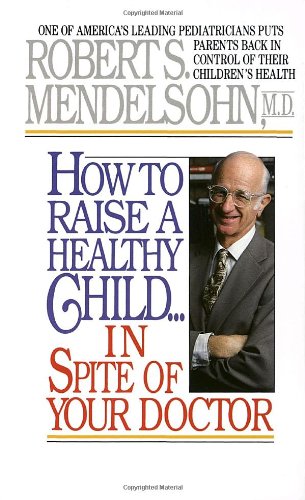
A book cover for How to Raise a Healthy Child in Spite of Your Doctor; Robert S. Mendelsohn M.D.; Health, Fitness & Dieting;